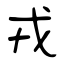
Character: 戎